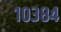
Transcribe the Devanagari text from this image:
१०३८४